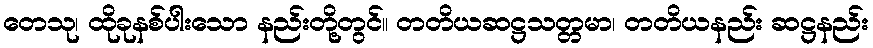
တေသု၊ ထိုခုနစ်ပါးသော နည်းတို့တွင်။ တတိယဆဋ္ဌသတ္တမာ၊ တတိယနည်း ဆဋ္ဌနည်း